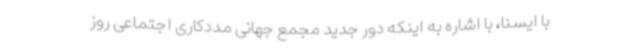
با ایسنا، با اشاره به اینکه دور جدید مجمع جهانی مددکاری اجتماعی روز